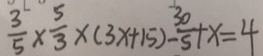
\frac { 3 } { 5 } \times \frac { 5 } { 3 } \times ( 3 x + 1 5 ) - \frac { 3 0 } { 5 } + x = 4